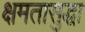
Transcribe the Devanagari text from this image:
क्षमतासुद्धा